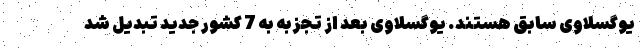
یوگسلاوی سابق هستند. یوگسلاوی بعد از تجزبه به 7 کشور جدید تبدیل شد